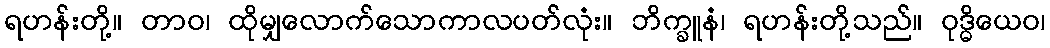
ရဟန်းတို့။ တာဝ၊ ထိုမျှလောက်သောကာလပတ်လုံး။ ဘိက္ခူနံ၊ ရဟန်းတို့သည်။ ဝုဒ္ဓိယေဝ၊